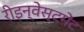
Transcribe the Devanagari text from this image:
रीइन्वेस्टमेंट